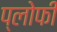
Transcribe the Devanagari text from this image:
प्लोफी